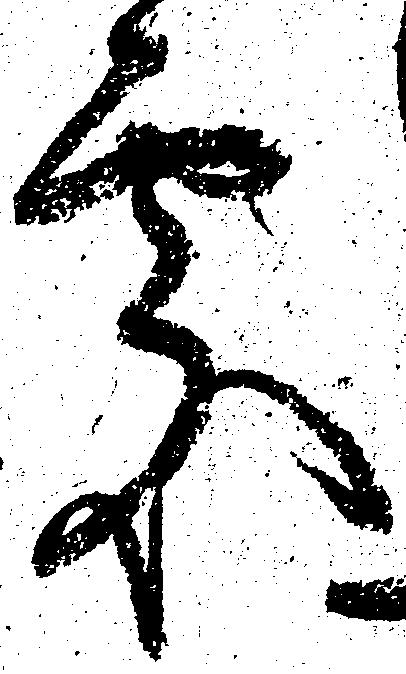
処